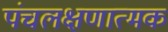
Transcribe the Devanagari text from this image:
पंचलक्षणात्मक